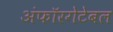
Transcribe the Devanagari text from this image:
अंफॉरगेटेबल